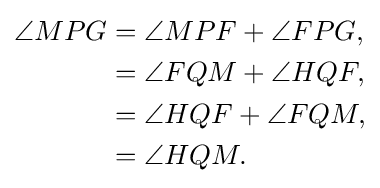
{\begin{aligned}\angle MPG&=\angle MPF+\angle FPG,\\&=\angle FQM+\angle HQF,\\&=\angle HQF+\angle FQM,\\&=\angle HQM.\end{aligned}}